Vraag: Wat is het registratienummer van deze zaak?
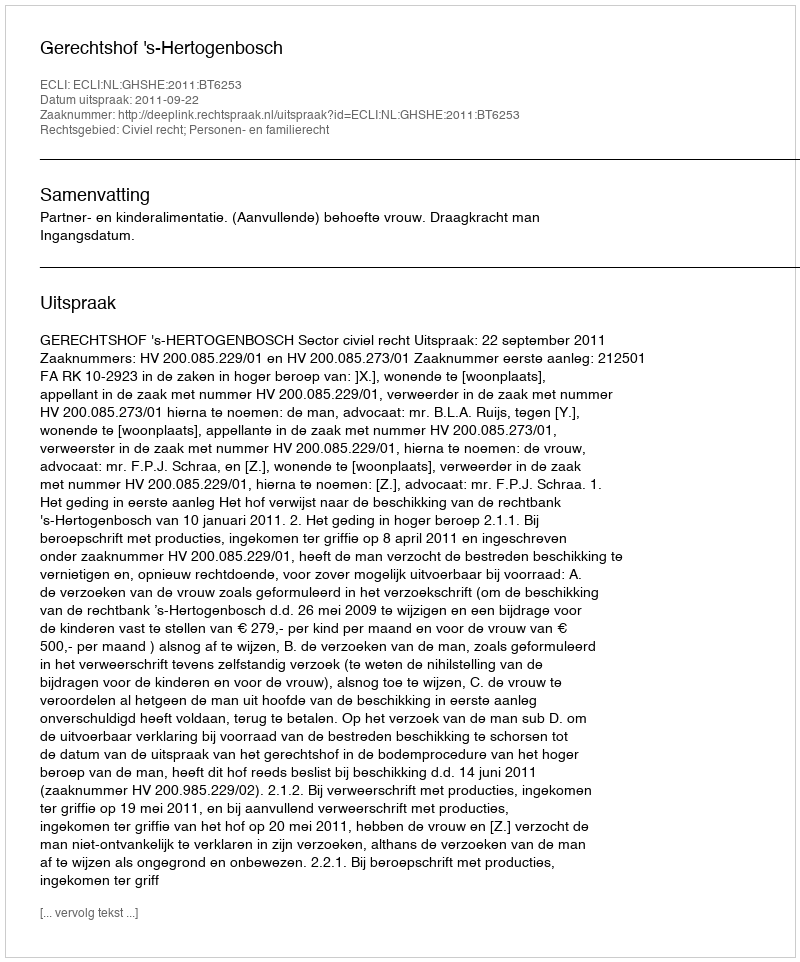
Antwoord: http://deeplink.rechtspraak.nl/uitspraak?id=ECLI:NL:GHSHE:2011:BT6253